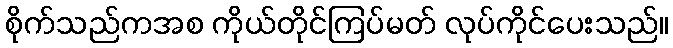
စိုက်သည်ကအစ ကိုယ်တိုင်ကြပ်မတ် လုပ်ကိုင်ပေးသည်။